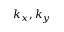
k _ { x } , k _ { y }